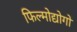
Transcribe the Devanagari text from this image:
फिल्मोद्योगों